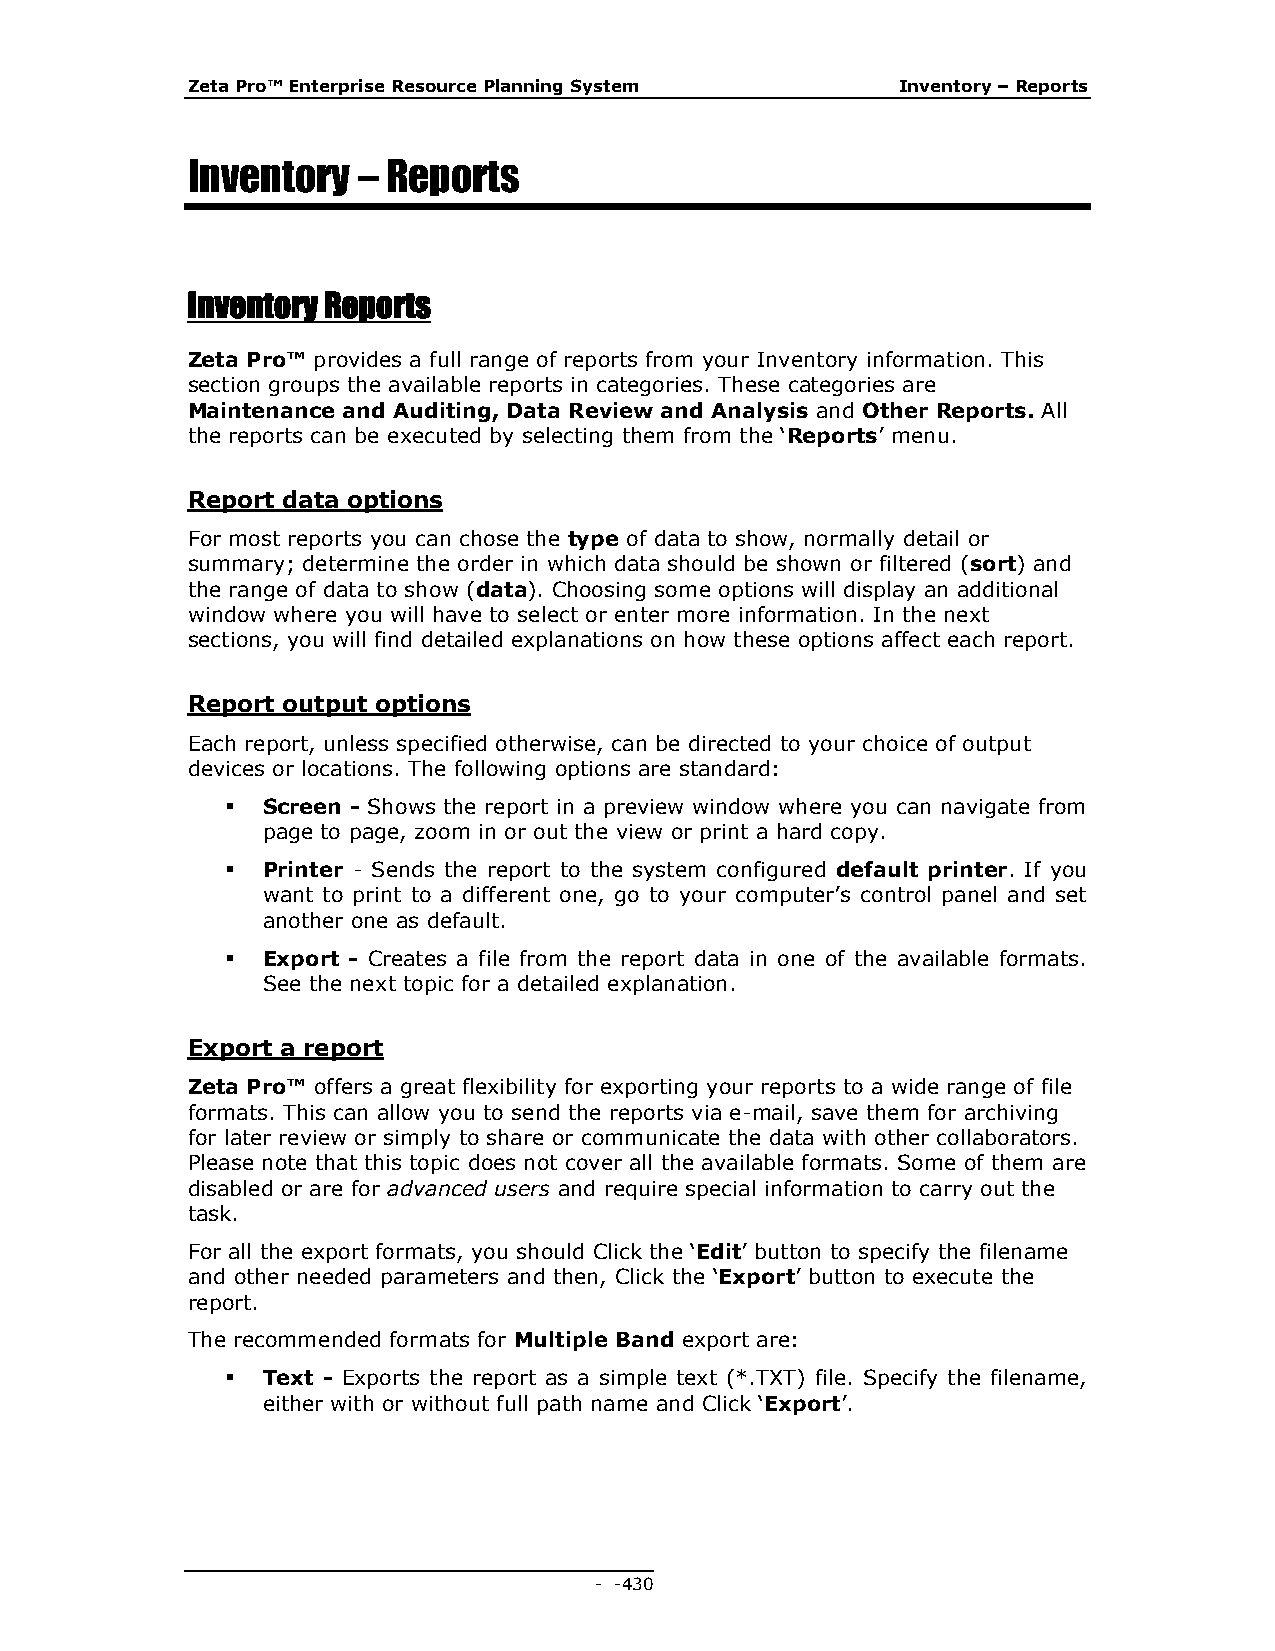
Zeta Pro™ Enterprise Resource Planning System   Inventory – Reports
 Inventory   – Reports
 Inventory Reports
 Zeta Pro™ provides a full range of reports from your Inventory information. This
 section groups the available reports in categories. These categories are
 Maintenance and Auditing, Data Review and Analysis and Other Reports. All
 the reports can be executed by selecting them from the ‘Reports’ menu.
 Report data options
 For most reports you can chose the type of data to show, normally detail or
 summary; determine the order in which data should be shown or filtered (sort) and
 the range of data to show (data). Choosing some options will display an additional
 window where you will have to select or enter more information. In the next
 sections, you will find detailed explanations on how these options affect each report.
 Report output options
 Each report, unless specified otherwise, can be directed to your choice of output
 devices or locations. The following options are standard:
  Screen - Shows the report in a preview window where you can navigate from
 page to page, zoom in or out the view or print a hard copy.
  Printer - Sends the report to the system configured default printer. If you
 want to print to a different one, go to your computer’s control panel and set
 another one as default.
  Export - Creates a file from the report data in one of the available formats.
 See the next topic for a detailed explanation.
 Export a report
 Zeta Pro™ offers a great flexibility for exporting your reports to a wide range of file
 formats. This can allow you to send the reports via e-mail, save them for archiving
 for later review or simply to share or communicate the data with other collaborators.
 Please note that this topic does not cover all the available formats. Some of them are
 disabled or are for advanced users and require special information to carry out the
 task.
 For all the export formats, you should Click the ‘Edit’ button to specify the filename
 and other needed parameters and then, Click the ‘Export’ button to execute the
 report.
 The recommended formats for Multiple Band export are:
  Text - Exports the report as a simple text (*.TXT) file. Specify the filename,
 either with or without full path name and Click ‘Export’.
 - - 430